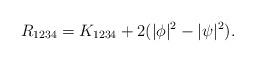
LaTeX: \begin{align*}R_{1234}=K_{1234}+2(|\phi|^2-|\psi|^2).\end{align*}